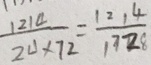
\frac { 1 2 1 4 } { 2 4 \times 7 2 } = \frac { 1 2 1 4 } { 1 7 2 8 }